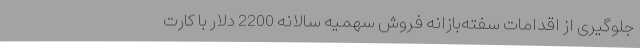
جلوگیری از اقدامات سفته‌بازانه فروش سهمیه سالانه 2200 دلار با کارت